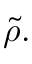
{ \tilde { \rho } } .